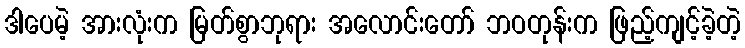
ဒါပေမဲ့ အားလုံးက မြတ်စွာဘုရား အလောင်းတော် ဘဝတုန်းက ဖြည့်ကျင့်ခဲ့တဲ့